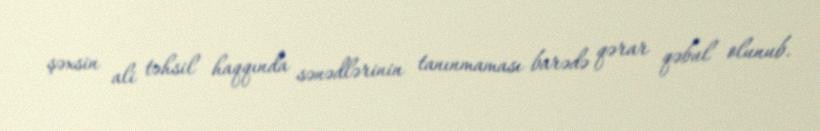
şəxsin ali təhsil haqqında sənədlərinin tanınmaması barədə qərar qəbul olunub.